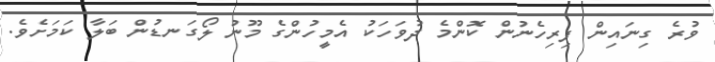
ވުރެ ގިނައިން ފިރިހެނުން ކޮންމެ ދުވަހަކު އެމީހުންގެ މޫނު ލޯގަނޑުން ބަލާ ކަމަށެވެ.